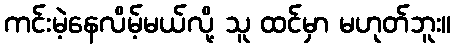
ကင်းမဲ့နေလိမ့်မယ်လို့ သူ ထင်မှာ မဟုတ်ဘူး။